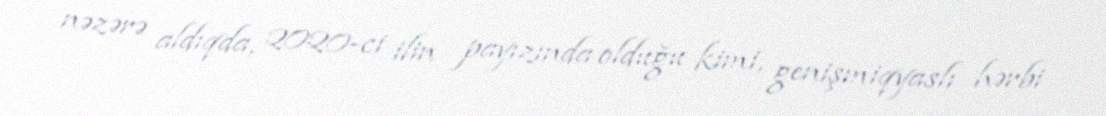
nəzərə aldıqda, 2020-ci ilin payızında olduğu kimi, genişmiqyaslı hərbi